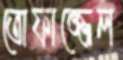
তোফাজ্জেল